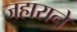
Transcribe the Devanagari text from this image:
जहाराने